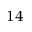
^ { 1 4 }